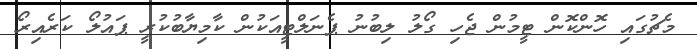
މެޗުގައި ހޮންކޮން ޓީމުން ޖެހި ގޯލު ލިބުނު ޕެނަލްޓީއަކުން ކާމިޔާބުކުރީ ޕައުލޯ ކަރެއިރޯ